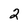
Character: 2